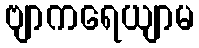
ဗျာကရေယျာမ